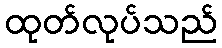
ထုတ်လုပ်သည်